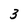
Character: 3